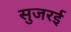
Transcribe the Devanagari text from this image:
सुजरई